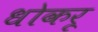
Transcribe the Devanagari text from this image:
धोकरू